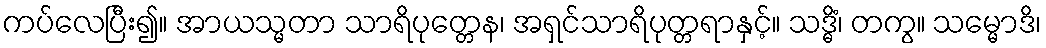
ကပ်လေပြီး၍။ အာယသ္မတာ သာရိပုတ္တေန၊ အရှင်သာရိပုတ္တရာနှင့်။ သဒ္ဓိံ၊ တကွ။ သမ္မောဒိ၊